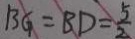
B G = B D = \frac { 5 } { 2 }